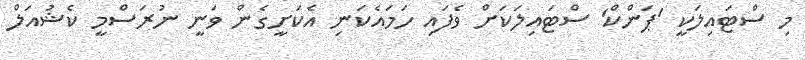
މި ސްޓައިލަކީ 'ޕަންކް' ސްޓައިލަކަށް ވެފައި ހަމައެކަނި އެކަށީގެން ވަނީ ނުރަސްމީ ކެޝުއަލް